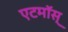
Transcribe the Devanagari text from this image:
एटमॉस्